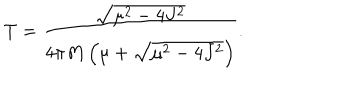
LaTeX: T = \frac { \sqrt { \mu ^ { 2 } - 4 J ^ { 2 } } } { 4 \pi M \left( \mu + \sqrt { \mu ^ { 2 } - 4 J ^ { 2 } } \right) } .